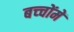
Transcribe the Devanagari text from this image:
बच्‍चोंमें